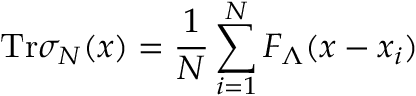
\mathrm { T r } \sigma _ { N } ( x ) = \frac { 1 } { N } \sum _ { i = 1 } ^ { N } F _ { \Lambda } ( x - x _ { i } )